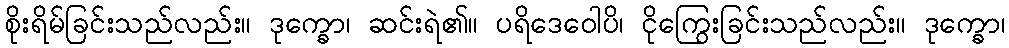
စိုးရိမ်ခြင်းသည်လည်း။ ဒုက္ခော၊ ဆင်းရဲ၏။ ပရိဒေဝေါပိ၊ ငိုကြွေးခြင်းသည်လည်း။ ဒုက္ခော၊